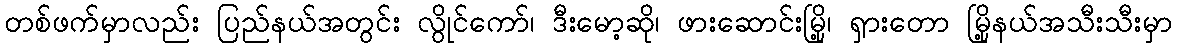
တစ်ဖက်မှာလည်း ပြည်နယ်အတွင်း လွိုင်ကော်၊ ဒီးမော့ဆို၊ ဖားဆောင်းမြို့၊ ရှားတော မြို့နယ်အသီးသီးမှာ